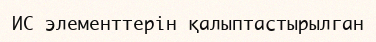
ИС элементтерін қалыптастырылган